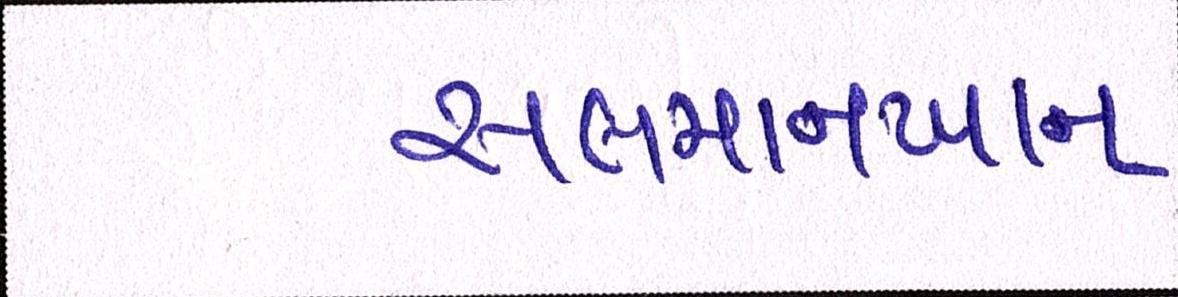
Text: સલમાનખાન